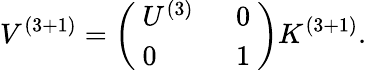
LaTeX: V^{\left(3+1\right)}=\left(\begin{array}{ll}{{\ U^{\left(3\right)}\ }}&{{\ 0\ }}\\ {{\ 0\ }}&{{\ 1\ }}\end{array}\right)K^{\left(3+1\right)}.